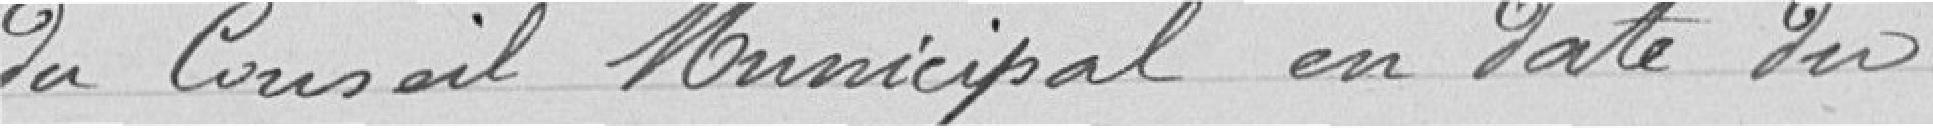
du Conseil Municipal en date du ..........